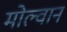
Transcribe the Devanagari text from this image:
मोल्वान